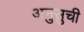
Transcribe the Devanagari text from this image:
अनुसुची